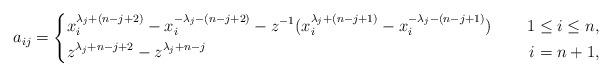
LaTeX: \begin{align*}a_{ij}=\left\{\begin{aligned}&x^{\lambda_j+(n-j+2)}_i-x^{-\lambda_j-(n-j+2)}_i-z^{-1}(x^{\lambda_j+(n-j+1)}_i-x^{-\lambda_j-(n-j+1)}_i)~~&~~1\leq i\leq n,\\&z^{\lambda_j+n-j+2}-z^{\lambda_j+n-j}~&~~i=n+1,\end{aligned}\right.\end{align*}